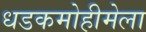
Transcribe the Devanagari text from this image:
धडकमोहीमेला